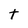
Character: t